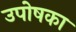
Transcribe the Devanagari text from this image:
उपोषका